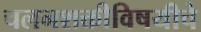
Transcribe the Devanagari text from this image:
चलनशक्तीविषयीचे